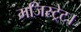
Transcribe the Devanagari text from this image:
मजिस्ट्रेट।